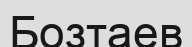
Бозтаев